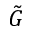
\tilde { G }